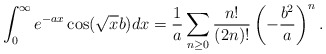
\begin{align*}\int_{0}^{\infty}e^{-ax}\cos(\sqrt{x}b)dx=\frac{1}{a}\sum_{n\ge0}\frac{n!}{(2n)!}\left(-\frac{b^2}{a}\right)^n.\end{align*}